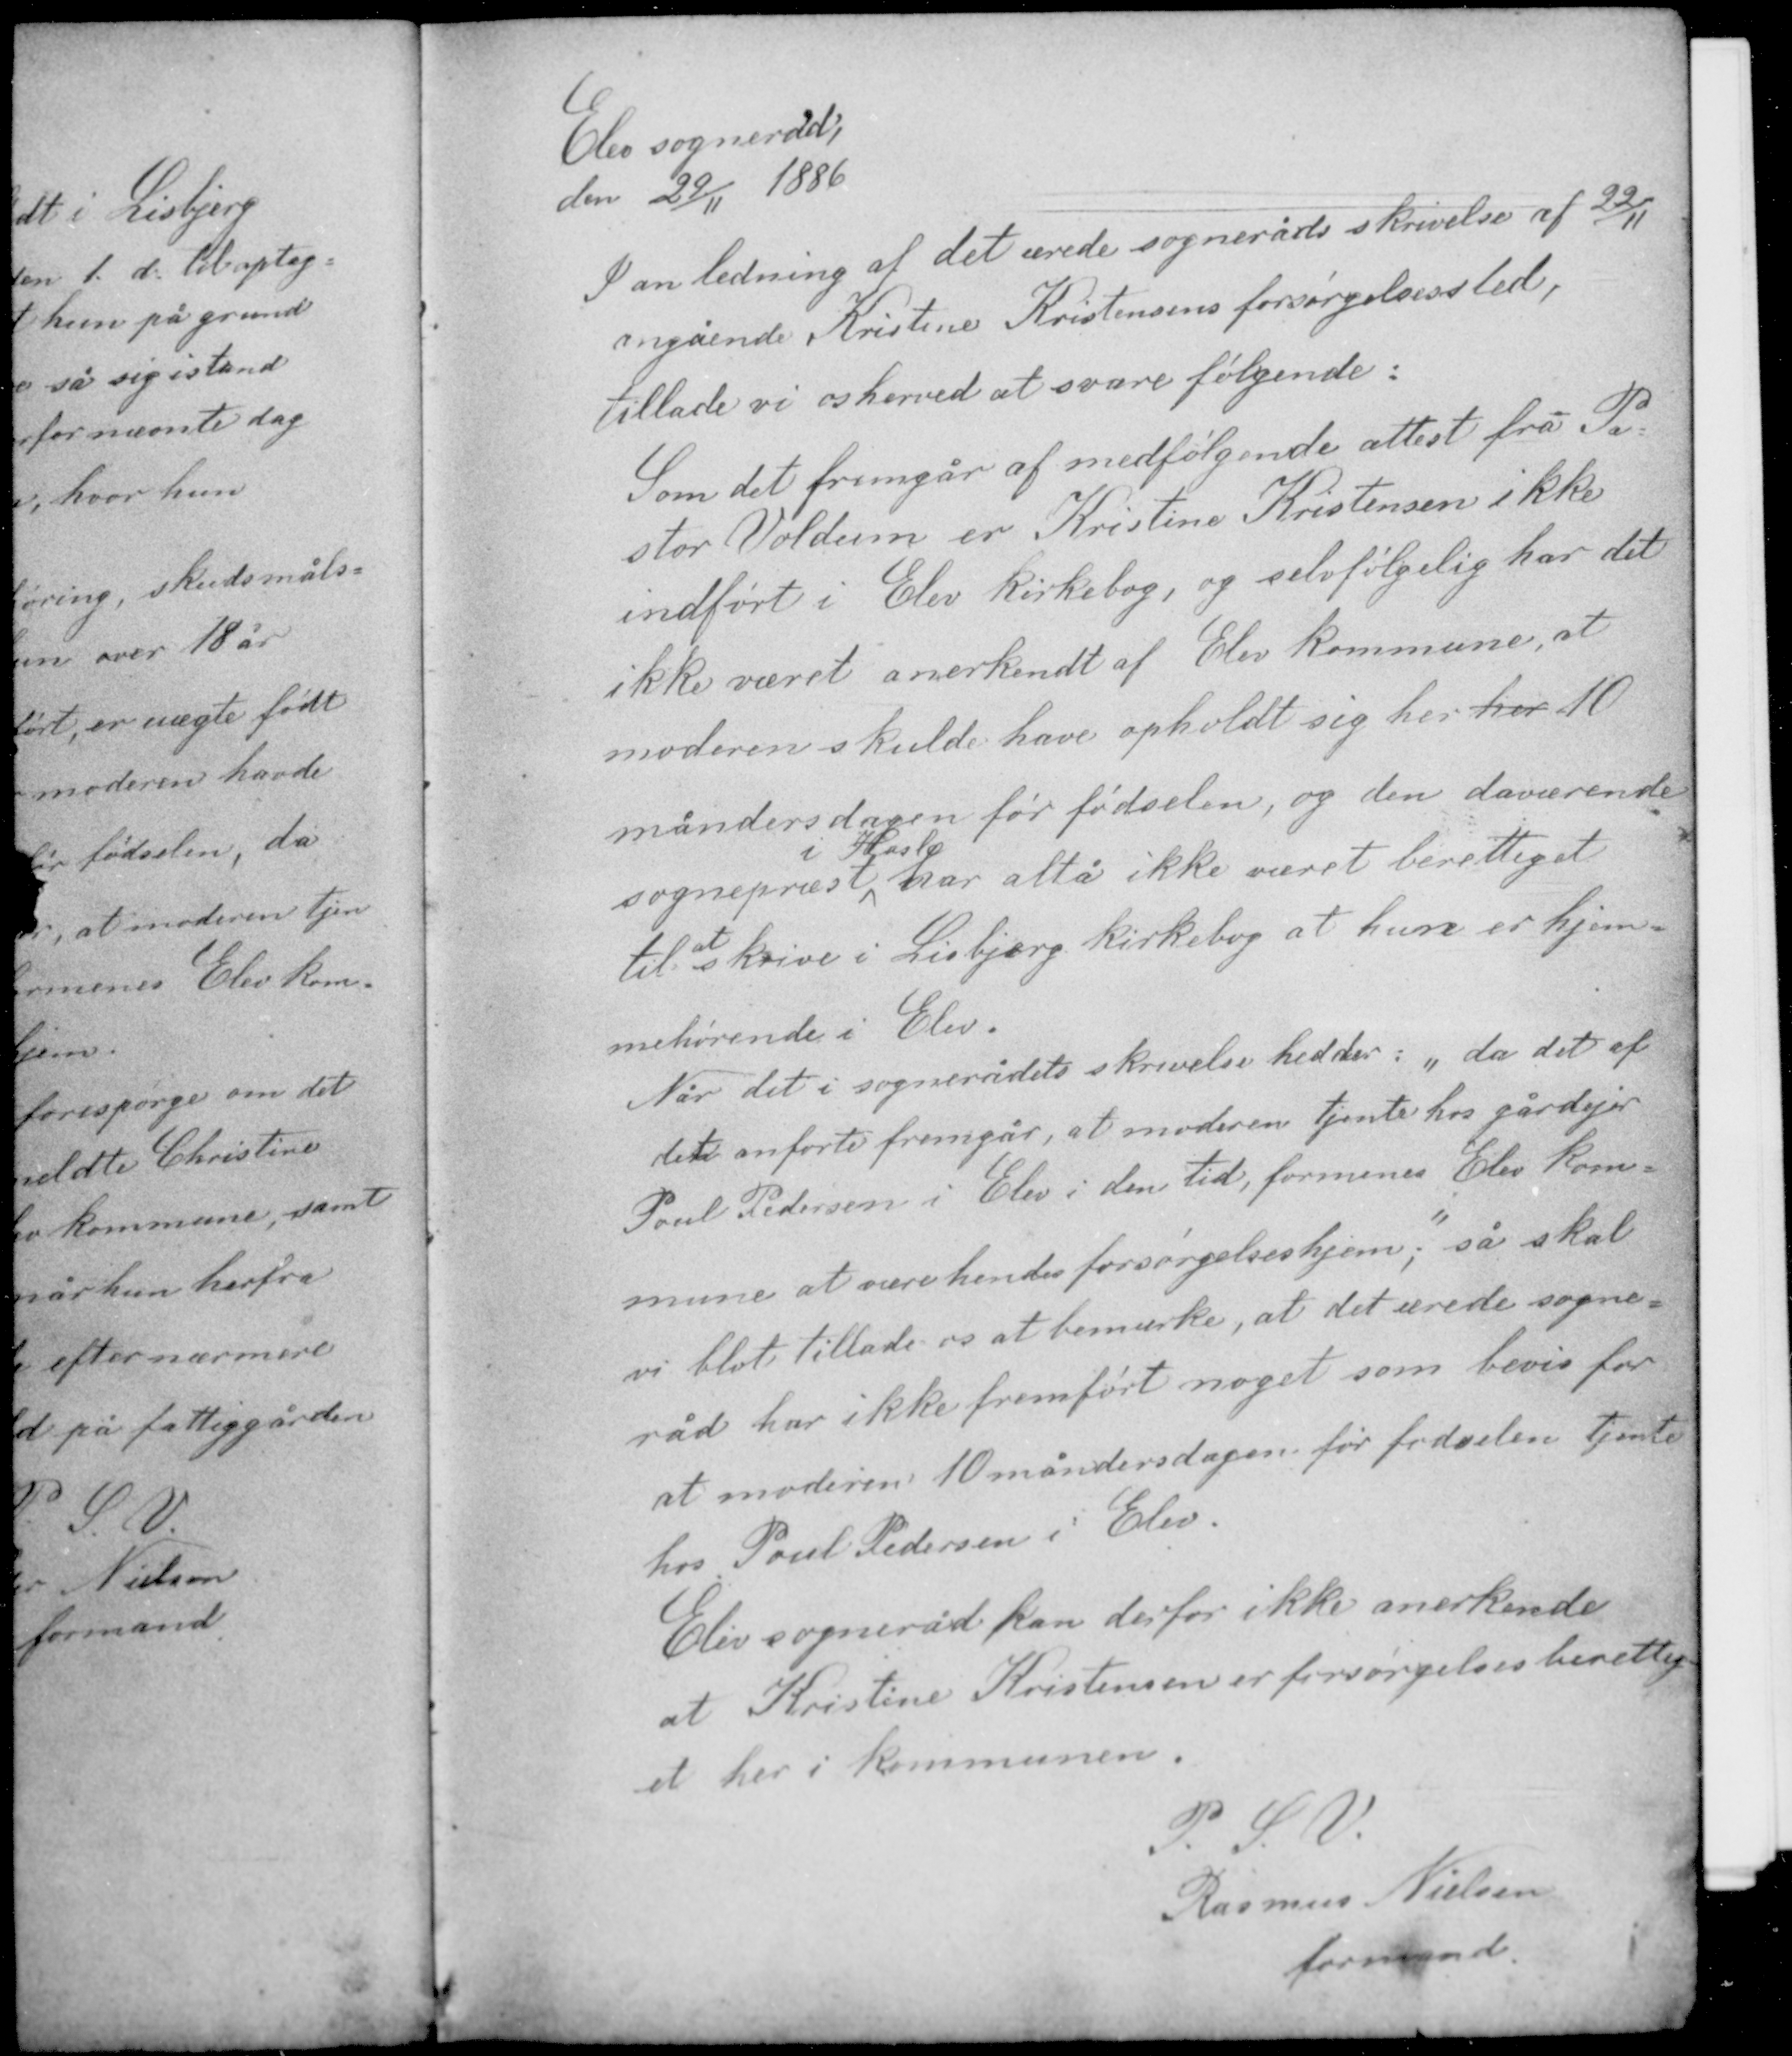
Transskription:
Elev sogneråd
den 29/11 1886

I anledning af det ærede sogneråds skrivelse af 22/11
angående Kristine Kristensens forsørgelsessted,
tillade vi os herved at svare følgende:

Som det fremgår af medfølgende attest fra Pa-
stor Voldum er Kristine Kristensen ikke
indført i Elev kirkebog, og selvfølgelig har det
ikke været anerkendt af Elev kommune at
moderen skulde have opholdt sig her her 10
månedersdagen før fødselen, og den daværende
i Hasle
sognepræst, har altså ikke været berettiget
at
til skrive i Lisbjerg kirkebog at hun er hjem-
mehørende i Elev.

Når det i sognerådets skrivelse hedder: "da det af
det anførte fremgår, at moderen tjente hos gårdejer
Poul Pedersen i Elev i den tid, formenes Elev kom-
mune at være hendes forsørgelseshjem", så skal
vi blot tillade os at bemærke, at det ærede sogne-
råd har ikke fremført noget som bevis for
at moderen 10 månedersdagen før fødselen tjente
hos Poul Pedersen i Elev.

Elev sogneråd kan derfor ikke anerkende
at Kristine Kristensen er forsørgelsesberettig-
et her i kommunen.

P. S. V.
Rasmus Nielsen
formand